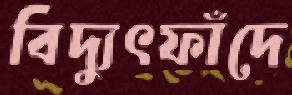
বিদ্যুৎফাঁদে